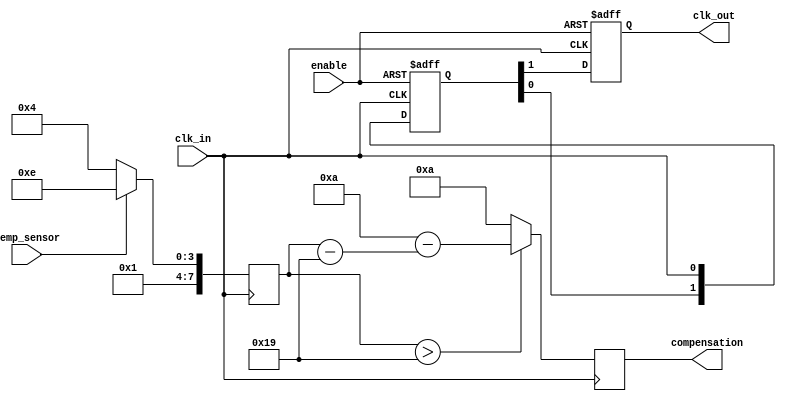
module TempCompClockBuffer (
    input wire clk_in,            // Input clock signal
    input wire temp_sensor,       // Temperature sensor input (1-bit for simplicity)
    input wire enable,            // Enable signal for power management
    output reg clk_out,           // Buffered clock output
    output reg [7:0] compensation // Compensation parameters (for demonstration)
);

    // Parameters for compensation
    parameter TEMP_THRESHOLD = 8'd25; // Example threshold temperature
    parameter COMPENSATION_MAX = 8'd10; // Max compensation value
    reg [7:0] temp_value; // Simulated temperature value

    // Clock buffering logic
    reg [1:0] clk_buffer; // 2-stage clock buffer for simplicity
    always @(posedge clk_in or negedge enable) begin
        if (!enable) begin
            clk_buffer <= 2'b00; // Disable clock buffer
            clk_out <= 1'b0; // Output low when disabled
        end else begin
            clk_buffer <= {clk_buffer[0], clk_in}; // Shift register for buffering
            clk_out <= clk_buffer[1]; // Output the buffered clock
        end
    end

    // Temperature compensation logic
    always @(posedge clk_in) begin
        // Simulate reading temperature (for demonstration)
        temp_value <= temp_sensor ? 8'd30 : 8'd20; // Example temperature values

        // Adjust compensation based on temperature
        if (temp_value > TEMP_THRESHOLD) begin
            compensation <= COMPENSATION_MAX - (temp_value - TEMP_THRESHOLD);
        end else begin
            compensation <= COMPENSATION_MAX; // No compensation needed
        end
    end

endmodule